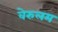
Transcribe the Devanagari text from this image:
वेरुलम